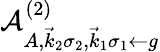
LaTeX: \mathcal{A}_{A,\vec{k}_{2}\sigma_{2},\vec{k}_{1}\sigma_{1}\gets g}^{(2)}